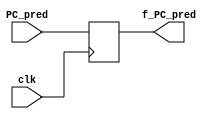
`timescale 1ns/1ps

module regF(
	clk,
	PC_pred,
	f_PC_pred

);

input clk;
input [63:0] PC_pred;
output reg [63:0] f_PC_pred;

always@(posedge clk)
begin
	// assign val to fPCpred
	f_PC_pred <= PC_pred;
end
	

endmodule // reg between PC_pred and fetch

// next module

module regD(
	clk,
	f_status, f_icode, f_ifun, f_rA, f_rB, f_valC, f_valP,
	d_status, d_icode, d_ifun, d_rA, d_rB, d_valC, d_valP

);

input clk;
input [2:0] f_status;
input [3:0] f_icode;
input [3:0] f_ifun;
input [3:0] f_rA;
input [3:0] f_rB;
input [63:0] f_valC;
input [63:0] f_valP;

output reg [2:0] d_status;
output reg [3:0] d_icode;
output reg [3:0] d_ifun;
output reg [3:0] d_rA;
output reg [3:0] d_rB;
output reg [63:0] d_valC;
output reg [63:0] d_valP;

always@(posedge clk)
begin
	d_status <= f_status;
	d_icode <= f_icode;
	d_ifun <= f_ifun;
	d_rA <= f_rA;
	d_rB <= f_rB;
	d_valC <= f_valC;
	d_valP <= f_valP;
end

endmodule // reg between fetch and decode


// next module

module regE(
	clk,
	d_status, d_icode, d_ifun, d_rA, d_rB, d_valC, d_valP, d_valA, d_valB,
	e_status, e_icode, e_ifun, e_rA, e_rB, e_valC, e_valP, e_valA, e_valB

);

input clk;
input [2:0] d_status;
input [3:0] d_icode;
input [3:0] d_ifun;
input [3:0] d_rA;
input [3:0] d_rB;
input [63:0] d_valC;
input [63:0] d_valP;
input [63:0] d_valA;
input [63:0] d_valB;

output reg [2:0] e_status;
output reg [3:0] e_icode;
output reg [3:0] e_ifun;
output reg [3:0] e_rA;
output reg [3:0] e_rB;
output reg [63:0] e_valC;
output reg [63:0] e_valP;
output reg [63:0] e_valA;
output reg [63:0] e_valB;


always@(posedge clk)
begin
	e_status <= d_status;
	e_icode <= d_icode;
	e_ifun <= d_ifun;
	e_rA <= d_rA;
	e_rB <= d_rB;
	e_valC <= d_valC;
	e_valP <= d_valP;
	e_valA <= d_valA;
	e_valB <= d_valB;
end


endmodule // reg between decode and execute



// next module

module regM(
	clk,
	e_status, e_icode, e_rA, e_rB, e_valC, e_valP, e_valA, e_valB, e_cnd, e_valE,
	m_status, m_icode, m_rA, m_rB, m_valC, m_valP, m_valA, m_valB, m_cnd, m_valE

);

input clk;
input [2:0] e_status;
input [3:0] e_icode;
input e_cnd;
input [3:0] e_rA;
input [3:0] e_rB;
input [63:0] e_valA;
input [63:0] e_valB;
input [63:0] e_valC;
input [63:0] e_valP;
input [63:0] e_valE;

output reg [2:0] m_status;
output reg [3:0] m_icode;
output reg m_cnd;
output reg [3:0] m_rA;
output reg [3:0] m_rB;
output reg [63:0] m_valA;
output reg [63:0] m_valB;
output reg [63:0] m_valC;
output reg [63:0] m_valP;
output reg [63:0] m_valE;

always@(posedge clk)
begin
	m_status <= e_status;
	m_icode <= e_icode;
	m_cnd <= e_cnd;
	m_rA <= e_rA;
	m_rB <= e_rB;
	m_valC <= e_valC;
	m_valP <= e_valP;
	m_valA <= e_valA;
	m_valB <= e_valB;
	m_valE <= e_valE;
end


endmodule // reg between execute and memory


// next module

module regW(
	clk,
	m_status, m_icode, m_rA, m_rB, m_valC, m_valP, m_valA, m_valB, m_cnd, m_valE, m_valM,
	w_status, w_icode, w_rA, w_rB, w_valC, w_valP, w_valA, w_valB, w_cnd, w_valE, w_valM

);

input clk;
input [2:0] m_status;
input [3:0] m_icode;
input m_cnd;
input [3:0] m_rA;
input [3:0] m_rB;
input [63:0] m_valA;
input [63:0] m_valB;
input [63:0] m_valC;
input [63:0] m_valP;
input [63:0] m_valE;
input [63:0] m_valM;

output reg [2:0] w_status;
output reg [3:0] w_icode;
output reg w_cnd;
output reg [3:0] w_rA;
output reg [3:0] w_rB;
output reg [63:0] w_valA;
output reg [63:0] w_valB;
output reg [63:0] w_valC;
output reg [63:0] w_valP;
output reg [63:0] w_valE;
output reg [63:0] w_valM;


always@(posedge clk)
begin
	w_status <= m_status;
	w_icode <= m_icode;
	w_cnd <= m_cnd;
	w_rA <= m_rA;
	w_rB <= m_rB;
	w_valC <= m_valC;
	w_valP <= m_valP;
	w_valA <= m_valA;
	w_valB <= m_valB;
	w_valE <= m_valE;
	w_valM <= m_valM;
end


endmodule // reg between memory and write_back